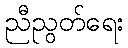
ညီညွတ်ရေး